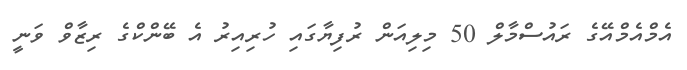
އެމްއެމްއޭގެ ރައުސްމާލް 50 މިލިއަން ރުފިޔާގައި ހުރިއިރު އެ ބޭންކްގެ ރިޒާވް ވަނީ